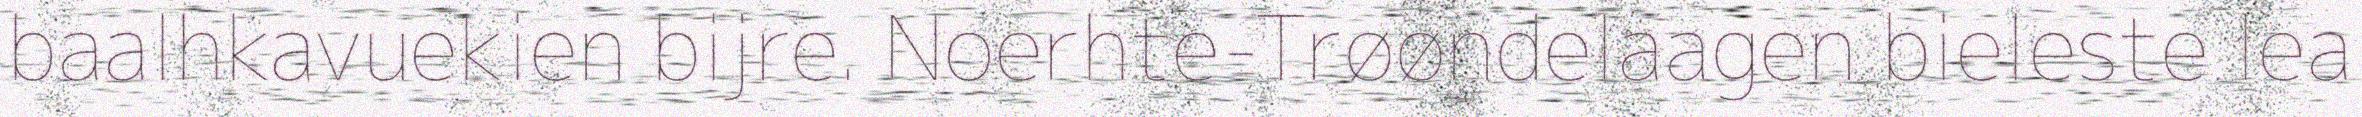
baalhkavuekien bijre. Noerhte-Trøøndelaagen bieleste lea